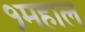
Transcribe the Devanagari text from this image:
१महाल